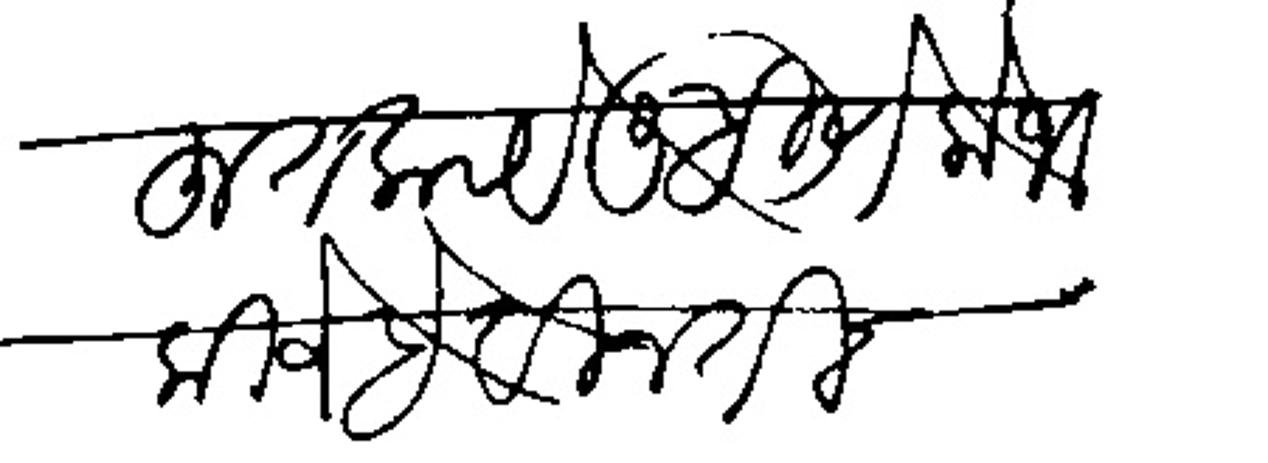
Transliteration (Devanagari): बहुत काये लिहिणे लोभ कीजे है विनंती